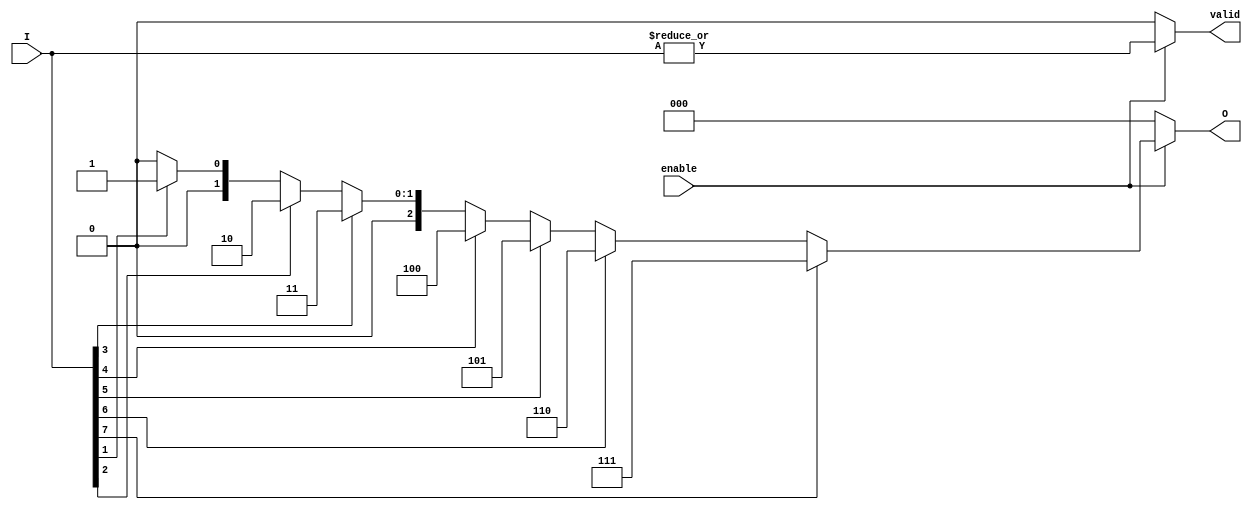
module encoder_8_to_3 (
    input wire [7:0] I,        // 8 input lines
    input wire enable,         // Enable signal
    output reg [2:0] O,        // 3 output lines
    output reg valid           // Valid output signal to indicate if there's a valid input
);
    always @(*) begin
        if (enable) begin
            case (1'b1)
                I[7]: O = 3'b111; // If I7 is active
                I[6]: O = 3'b110; // If I6 is active
                I[5]: O = 3'b101; // If I5 is active
                I[4]: O = 3'b100; // If I4 is active
                I[3]: O = 3'b011; // If I3 is active
                I[2]: O = 3'b010; // If I2 is active
                I[1]: O = 3'b001; // If I1 is active
                I[0]: O = 3'b000; // If I0 is active
                default: O = 3'b000; // Handling for invalid state (no input active)
            endcase
            
            // Check if any inputs are active for valid signal
            valid = |I; // valid will be high if any input I is high
        end else begin
            O = 3'b000;  // Outputs to '0' when enable is low
            valid = 1'b0; // Invalid output when enable is low
        end
    end
endmodule